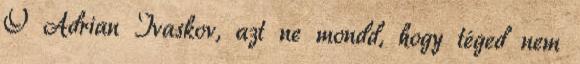
Ő Adrian Ivaskov, azt ne mondd, hogy téged nem